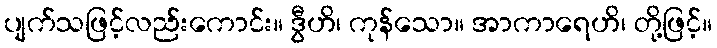
ပျက်သဖြင့်လည်းကောင်း။ ဒွီဟိ၊ ကုန်သော။ အာကာရေဟိ၊ တို့ဖြင့်။